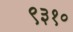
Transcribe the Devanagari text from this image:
९३१०